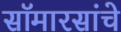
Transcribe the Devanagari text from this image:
सॉमारसांचे